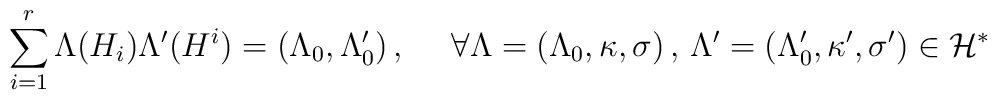
\sum^r_{i=1}\Lambda(H_i)\Lambda'(H^i)=(\Lambda_0,\Lambda'_0)\,,~~~~\forall\Lambda=(\Lambda_0,\kappa,\sigma)\,,\,\Lambda'=(\Lambda'_0,\kappa',\sigma')\in{\cal H}^*